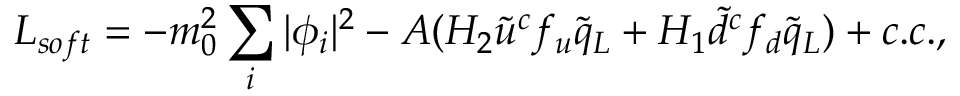
{ \cal L } _ { s o f t } = - m _ { 0 } ^ { 2 } \sum _ { i } | \phi _ { i } | ^ { 2 } - A ( H _ { 2 } \tilde { u } ^ { c } f _ { u } \tilde { q } _ { L } + H _ { 1 } \tilde { d } ^ { c } f _ { d } \tilde { q } _ { L } ) + c . c . ,